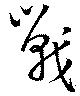
戰